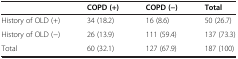
<table><thead><tr><td></td><td><b>COPD (+)</b></td><td><b>COPD (−)</b></td><td><b>Total</b></td></tr></thead><tbody><tr><td>History of OLD (+)</td><td>34 (18.2)</td><td>16 (8.6)</td><td>50 (26.7)</td></tr><tr><td>History of OLD (−)</td><td>26 (13.9)</td><td>111 (59.4)</td><td>137 (73.3)</td></tr><tr><td>Total</td><td>60 (32.1)</td><td>127 (67.9)</td><td>187 (100)</td></tr></tbody></table>